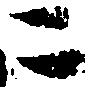
ニ